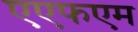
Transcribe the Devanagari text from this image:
एएफएम